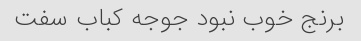
برنج خوب نبود جوجه کباب سفت